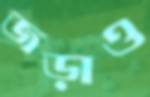
জড়াও